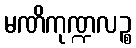
မဏိကုဏ္ဍလဉ္စ